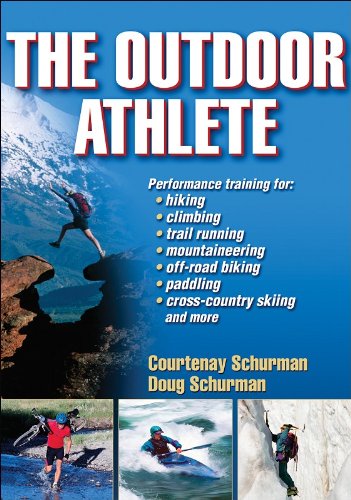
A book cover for The Outdoor Athlete; Courtenay Schurman; Health, Fitness & Dieting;